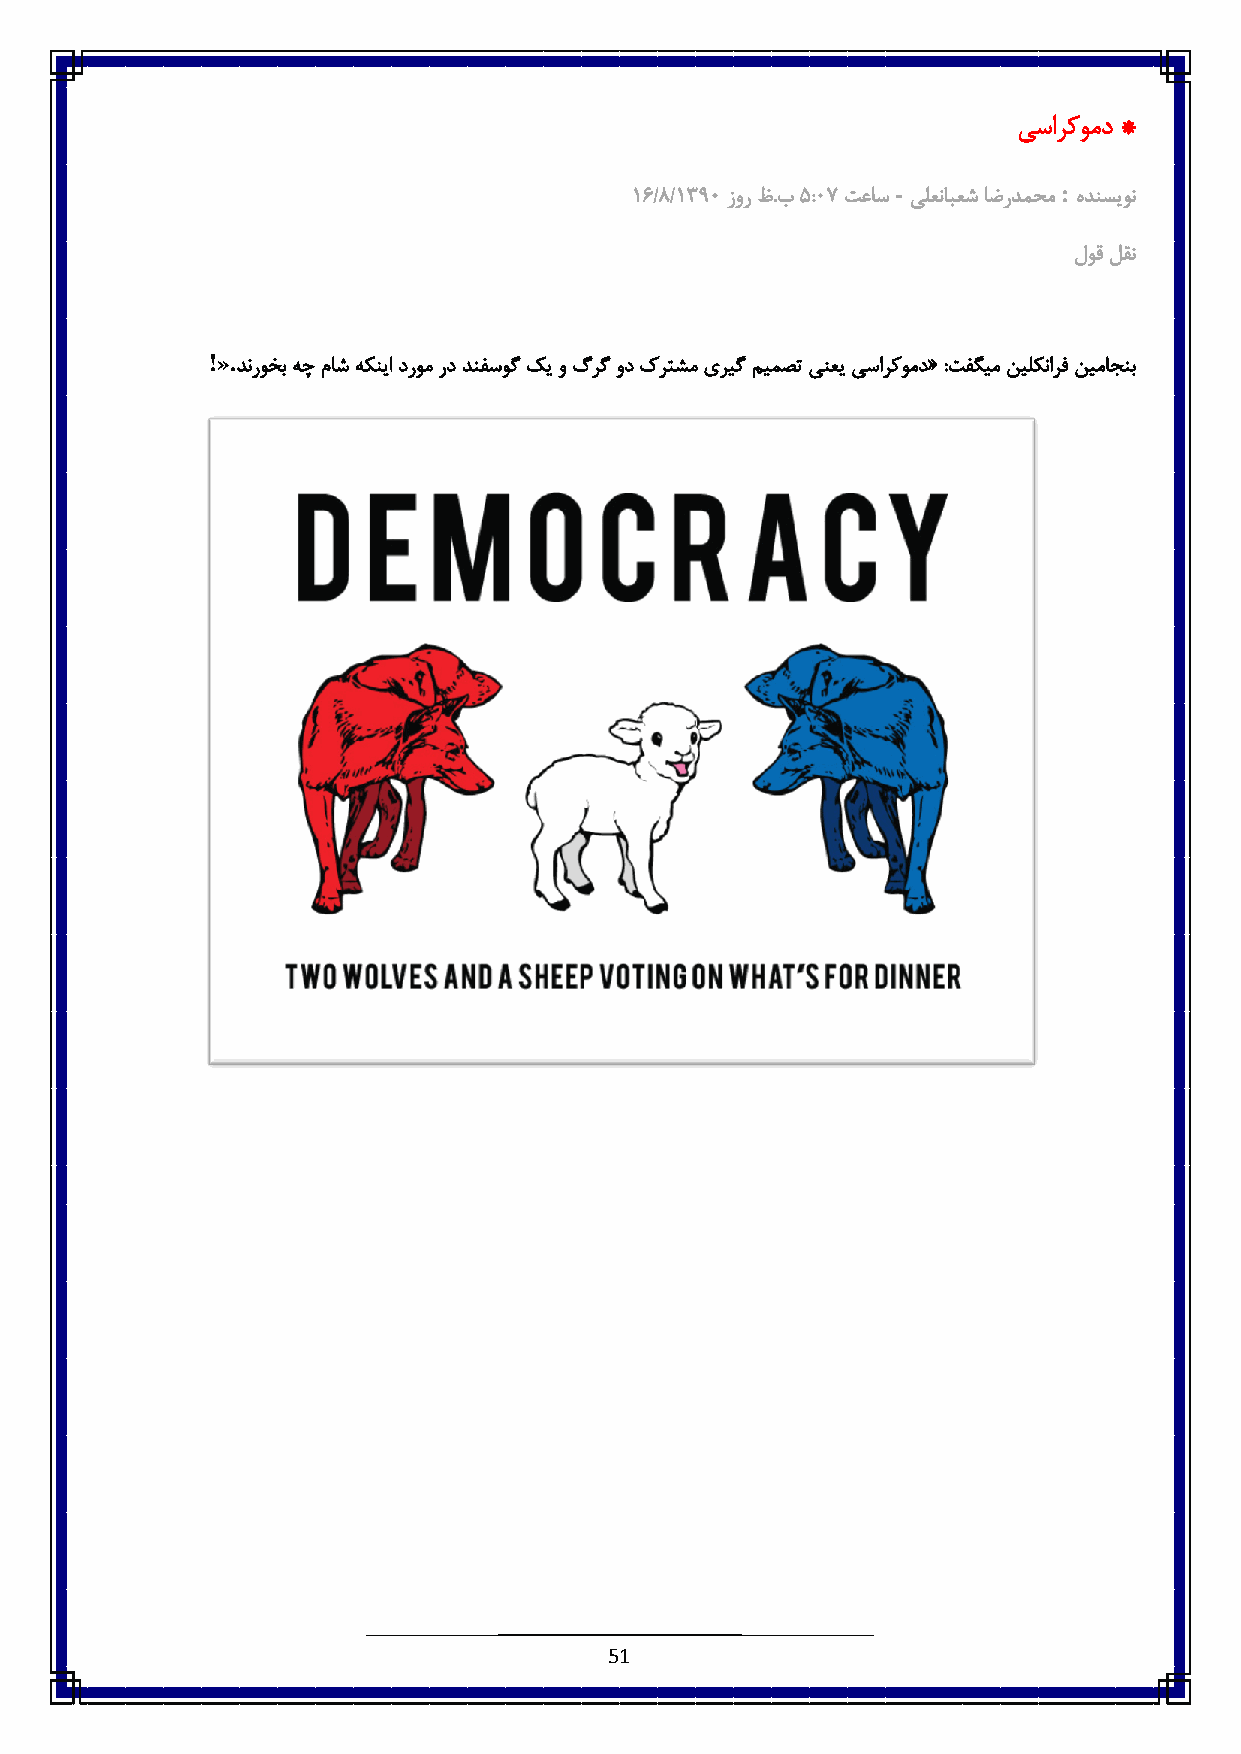
یسارکومد *
 -          :
 61/3/683٥ زور ظ.ب٠ :٥٧ تعاس یلعنابعش اضردمحم هدنسیون
 لوق لقن
 !».
 دنروخب هچ ماش هکنیا دروم رد دنفسوگ کی و گرگ ود کرتشم یریگ میمصت ینعی یسارکومد« :تفگیم نیلکنارف نیماجنب
 51